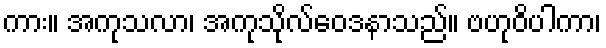
ကား။ အကုသလာ၊ အကုသိုလ်ဝေဒနာသည်။ ဗဟုဝိပါကာ၊